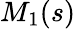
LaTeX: M_{1}(s)